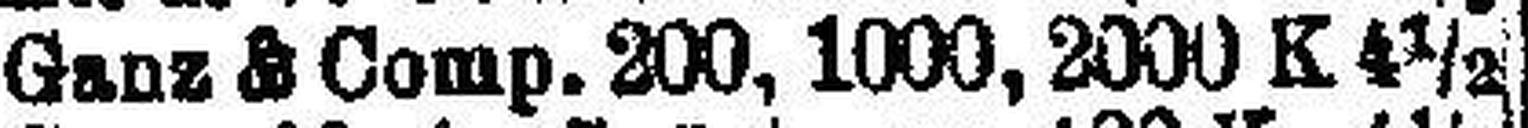
Ganz & Comp. 20, 1000, 2000 K 4½